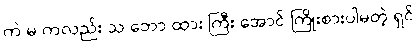
ကဲ မ ကလည်း သ ဘော ထား ကြီး အောင် ကြိုးစားပါမတဲ့ ရှင်